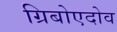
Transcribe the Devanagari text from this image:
ग्रिबोएदोव